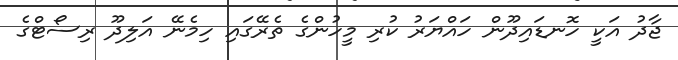
ޖާދު އަކީ ހޮނޑައިދޫން ހައްޔަރު ކުރި މީހުންގެ ތެރޭގައި ހިމެނޭ އަލިދޫ ރިސޯޓްގެ